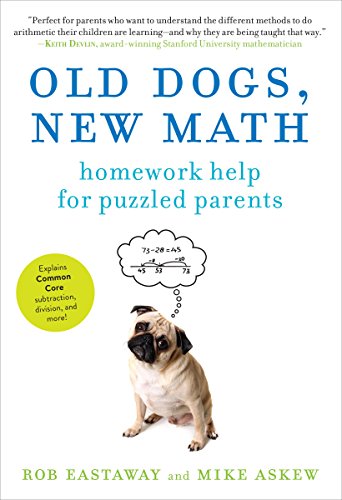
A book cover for Old Dogs, New Math: Homework Help for Puzzled Parents; Rob Eastaway; Humor & Entertainment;